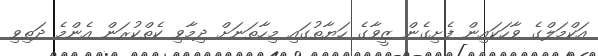
އަކްމަލްގެ ވާހަކައިން ފެށިގެން ޒީވާގެ ހަޔާތުގައި މިހާތަނަށް ދިމާވި ކެތްކުރަން އެންމެ ދަތިވި